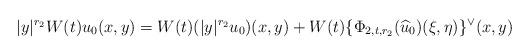
LaTeX: \begin{align*}|y|^{r_2} W(t) u_0(x,y) = W(t) (|y|^{r_2} u_0)(x,y) + W(t)\{\Phi_{2,t,r_2}(\widehat u_0)(\xi,\eta)\}^{\lor}(x,y)\end{align*}